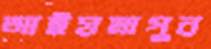
আইয়মাপুর